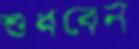
শুধবেন